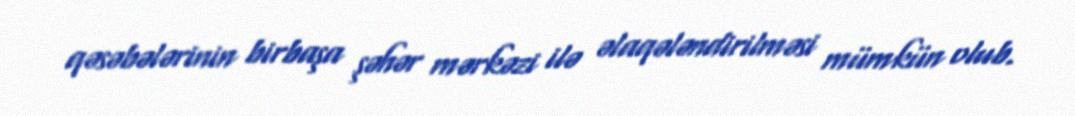
qəsəbələrinin birbaşa şəhər mərkəzi ilə əlaqələndirilməsi mümkün olub.